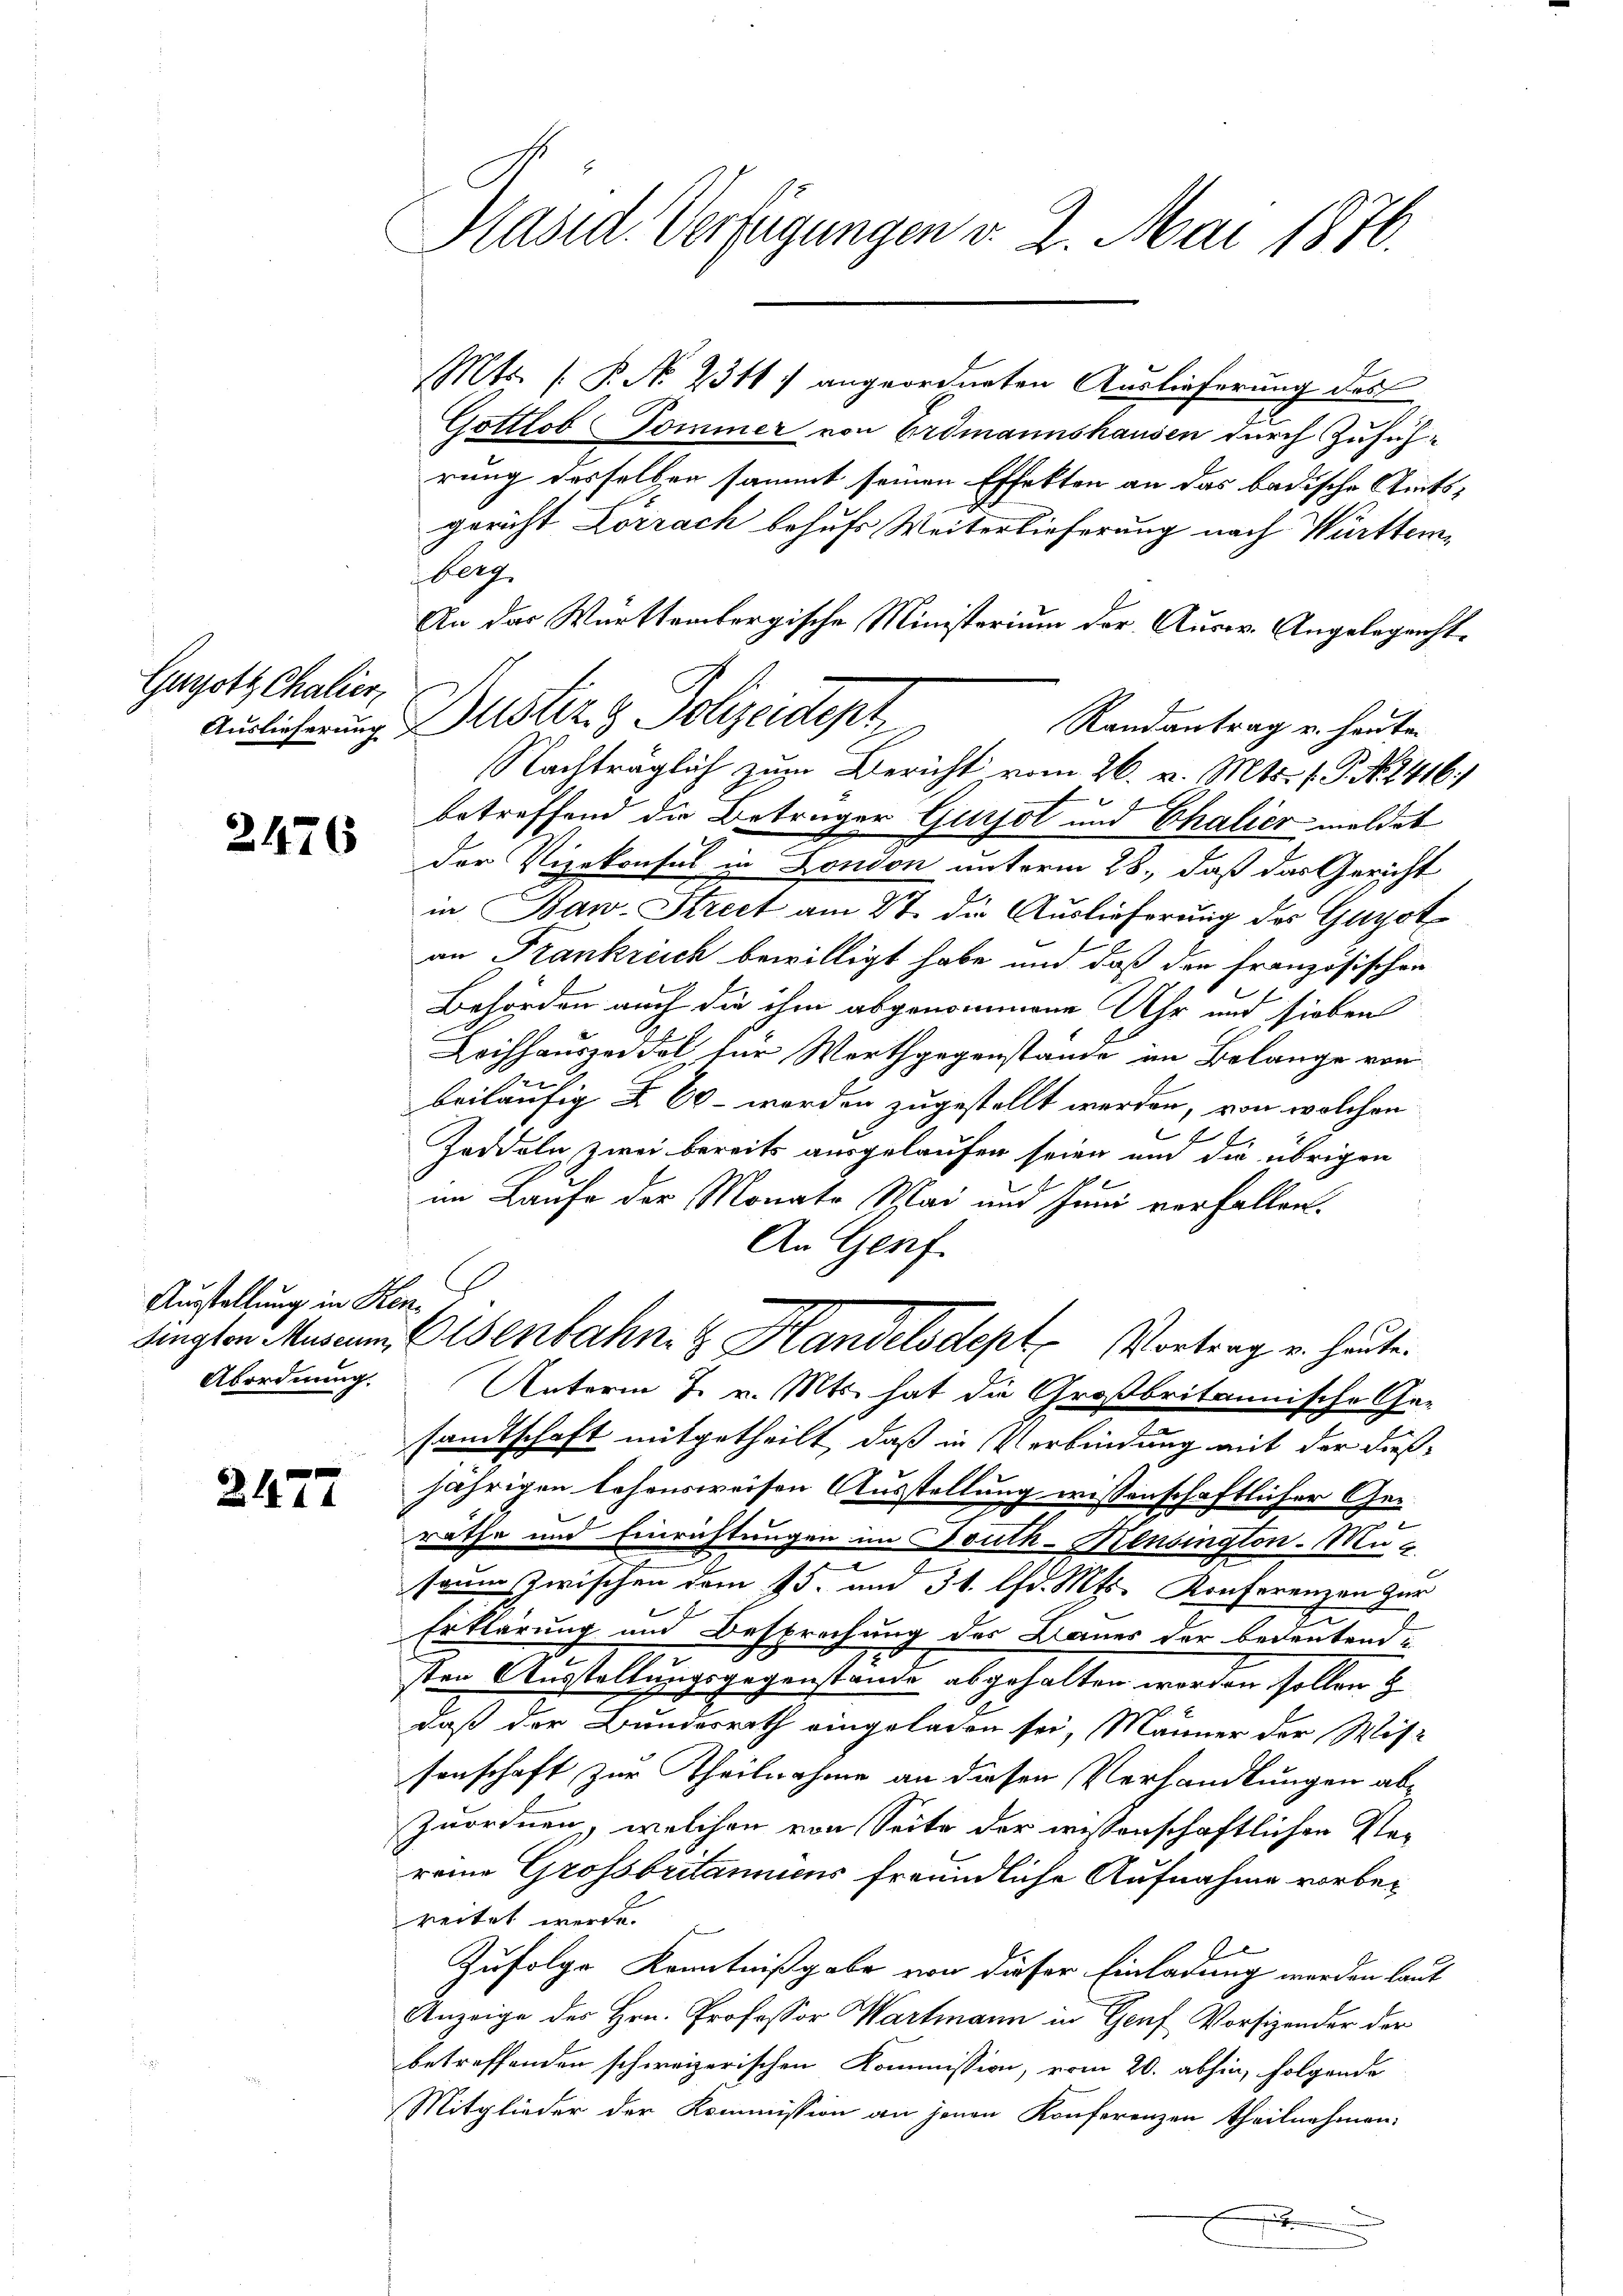
Gagott Chalier,

2476

Ausstellung in Hen¬
Abordnung.

247

Präsid. Verfügungen v. 2. Mai 1876.

Mts. P. No. 2311) angeordneten Auslieferung des
Gottlob Pommer von Erdmannshausen durch Zuführung desselben sammt seinen Effekten an das badische Amtsgericht Lörrach behufs Weiterlieferung nach Württem,
berg.
An das Württembergische Ministerium der Ausw. Angelegenst¬
Randantrag u. heuten
Nachträglich zum Bericht vom 26. v. Mts. f. P. N. 2416)
E
betreffend die Beträger Gursol und Chalier meldet
Der Vizekonsul in London unterm 28., daß das Gericht
in Baw. Strect am 27. die Auslieferung des Gugot
an Frankreich bewilligt habe und daß der französischen
Behörden auch die ihm abgenommene Uhr und sieben
Lechhauszeitel für Worthgegenstände im Belange von
beiläufig § 60 - worden zugestellt werden, von welchen
Zeddeln zwei bereits ausgelaufen seien und die übrigen
im Laufe der Monats Mai und Juni verfallen.
An Genf.
dingten Musen, Eisenbahn & Handelsdept Vortrag v. heute.
Unterm 7. v. Mts. hat die Großbritannische Ge-
sandtschaft mitgetheilt, daß in Verbindung mit der dießjährigen lehensweisen Ausstellung wissenschaftlicher Geräthe und Einrichtungen im Fouth-Kensington Musauer zwischen dem 15. und 31. lfd. Mts. Konferenzen zur
Erklärung und Besprechung der Baues der bedeutend¬
7
sten Ausstellungsgegenstande abgehalten worden sollen z
daß der Bundesrath eingeladen sei, Männer der Wis-
senschaft zur Theilnahme an diesen Verhandlungen ab¬
Zuordnen, welchen von Seite der wissenschaftlichen Plereine Grossbritanniens freundliche Aufnahme vorbereitet werde.
Zufolge Kenntnißgabe von dieser Einladung werden laut
Anzeige des Hrn. Professor Wartmann in Genf Vorsizender der
betreffenden schweizerischen Kommission, vom 20. abhin, folgende
Mitglieder der Kommission an jenen Konferenzen theilnehmen:
x

Auslieferung. Justiz & Polizeidept,